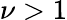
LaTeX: \nu>1